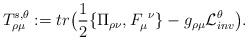
\begin{align*}T^{s,\theta}_{\rho\mu} := tr\big({1\over2}\{\Pi_{\rho\nu}, F_\mu^{\ \nu}\}-g_{\rho\mu}{\cal L}^\theta_{inv}\big).\end{align*}